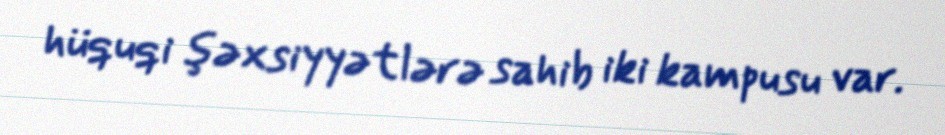
hüquqi şəxsiyyətlərə sahib iki kampusu var.